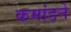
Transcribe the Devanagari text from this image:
कमांडने